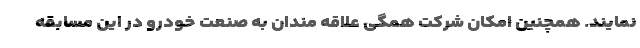
نمایند. همچنین امکان شرکت همگی علاقه مندان به صنعت خودرو در این مسابقه